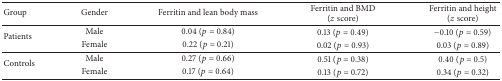
<table><thead><tr><td><b>Group</b></td><td><b>Gender</b></td><td><b>Ferritin and lean body mass</b></td><td><b>Ferritin and BMD (<i>z</i> score)</b></td><td><b>Ferritin and height (<i>z</i> score)</b></td></tr></thead><tbody><tr><td rowspan="2">Patients</td><td>Male</td><td>0.04 (<i>p</i> = 0.84)</td><td>0.13 (<i>p</i> = 0.49)</td><td> −0.10 (<i>p</i> = 0.59)</td></tr><tr><td>Female</td><td>0.22 (<i>p</i> = 0.21)</td><td>0.02 (<i>p</i> = 0.93)</td><td>0.03 (<i>p</i> = 0.89)</td></tr><tr><td rowspan="2">Controls</td><td>Male</td><td>0.27 (<i>p</i> = 0.66)</td><td>0.51 (<i>p</i> = 0.38)</td><td>0.40 (<i>p</i> = 0.5)</td></tr><tr><td>Female</td><td>0.17 (<i>p</i> = 0.64)</td><td>0.13 (<i>p</i> = 0.72)</td><td>0.34 (<i>p</i> = 0.32)</td></tr></tbody></table>